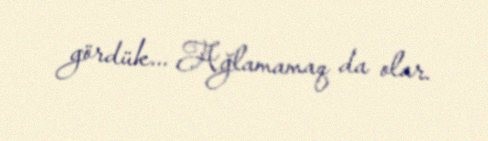
gördük... Ağlamamaq da olar.